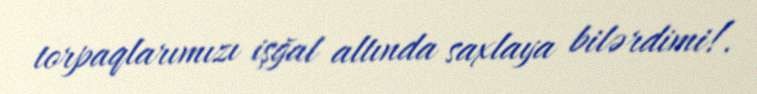
torpaqlarımızı işğal altında saxlaya bilərdimi!.